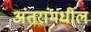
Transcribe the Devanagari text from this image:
अंतरांमधील